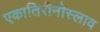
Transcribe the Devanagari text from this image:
एकातिरीनोस्लाव